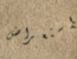
استعراض